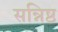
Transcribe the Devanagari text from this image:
सन्निष्ठ